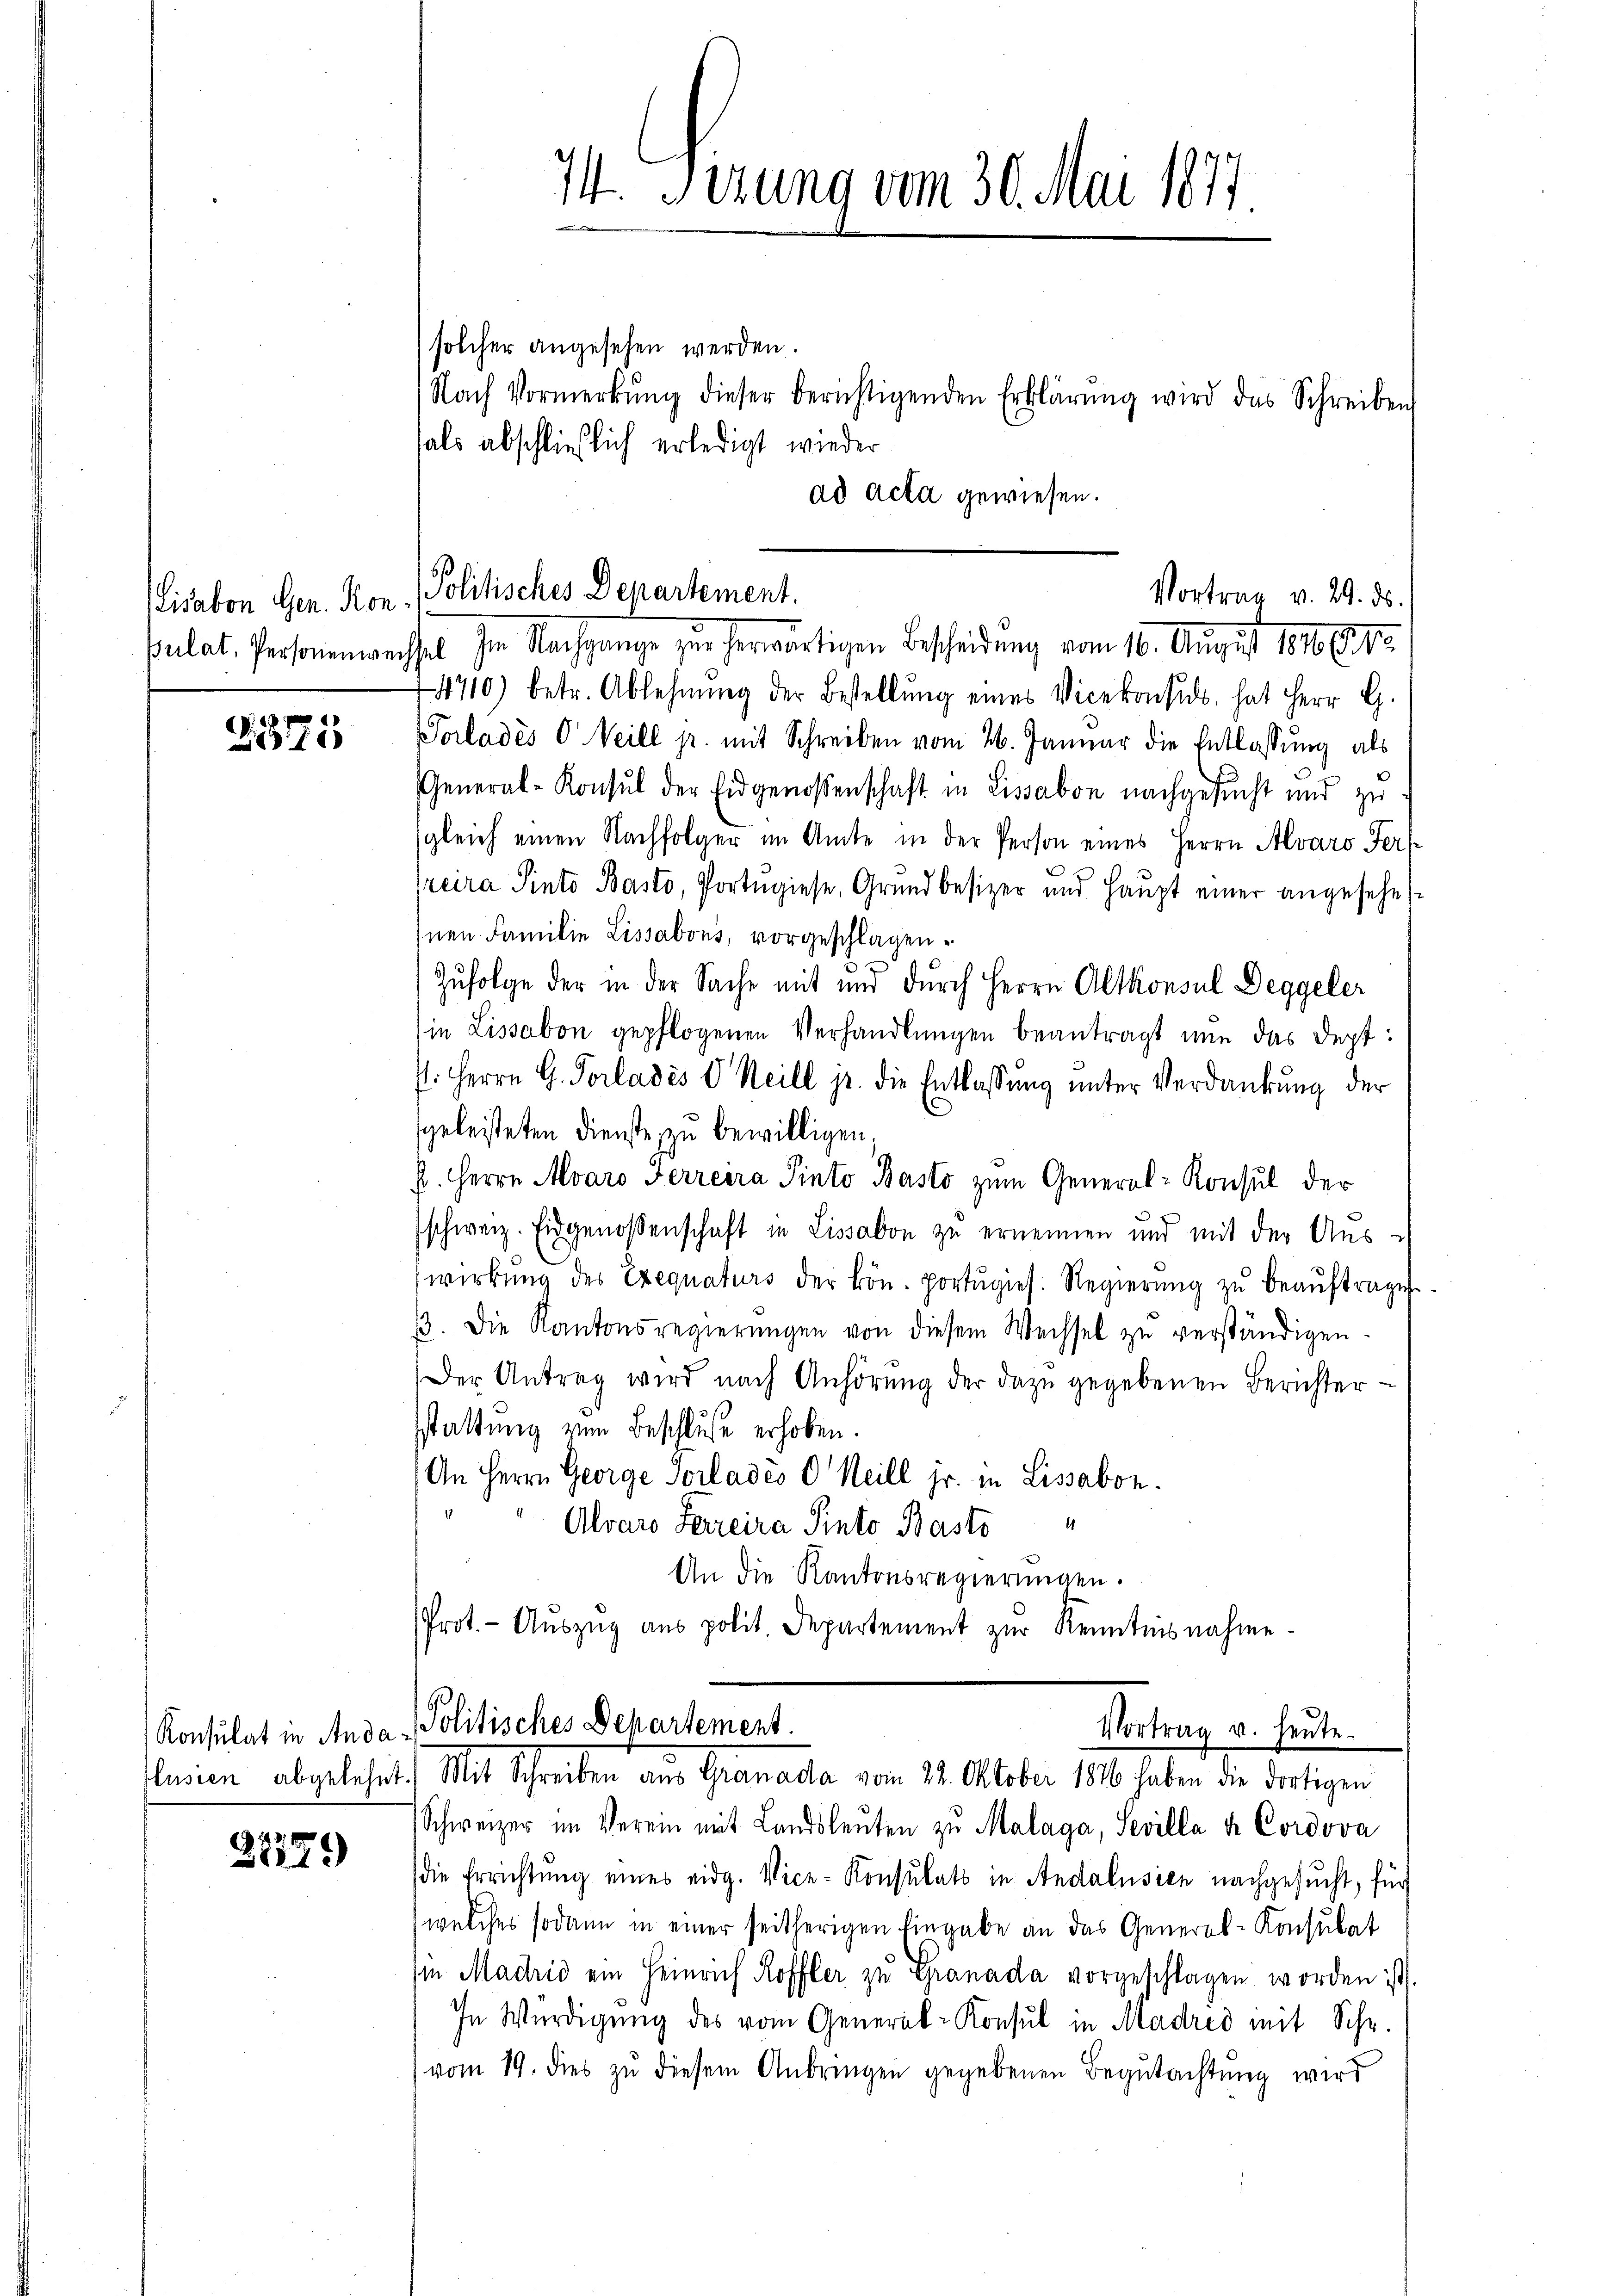
Lisabon Gen. Kon¬

G371

48:
271)

solcher angesehen werden.
Nach Vormerkŭng dieser berichtigenden Erklärŭng wird das Schreiben
fals abschließlich erledigt wieder.
ad Acta gewiesen.

74. Sizung vom 30. Mai 1877.

4710) betr. Ablehnŭng der Bestellŭng eines Vicekonsis, hat Herr G.
Vorlades C. Weill jr. mit Schreiben vom 26. Januar die Entlassung als
General-Konsul der Eidgenossenschaft in Lissabon nachgesucht und zu
sgleich einen Nachfolger im Amte in der Person eines Herrn Alvaro Fers
reira Pinto Basto, Portugiese Grundbesizer und Haupt einer angesehe
Inen Familie Lissabons, vorgeschlagen.
Zufolge der in der Sache mit und durch Herrn Altkonsul Deggeler
ie Lissabon gepflogenen Verhandlungen beantragt nun das Sept:
s. Herrn G. Vorlades V. Meill jr. die Entlassŭng ŭnter Verdankŭng der
sgeleisteten Dienste zu bewilligen,
k. Herrn Alvaro Ferreira Pinto Basto zum General-Konsul der
schweiz. Eidgenossenschaft in Lissabon zu ernennen und mit der Aus-
wirkung des Exequaturs der kön. portŭgies. Regierŭng zŭ beaŭftrage
ß. Die Kantonsregierŭngen von diesem Wechsel zu verständigen.
Der Antrag wird nach Anhörung der dazu gegebenen Berichtersstattung vom Beschluße erhoben.
An Herrn George Sorlades C. Heill jr. in Lissabon.
Alvaro Ferreira Pinto Basto
An die Kantonsregierungen.
Prot.- Aŭszŭg aŭs polit. Departement zŭr Kenntnisnahme

Politisches Departement.
Vortrag v. 29. ds.
pulat, Personenwechsel Im Nachgange zur herwärtigen Bescheidung vom 10. August 1816. 1910.

Konsulat in Anda - Politisches Departement.
Vortrag u. heute.
lusien abgelehnt. Mit Schreiben aus Granada vom 22. Oktober 1816 haben die dortigen

Schweizer im Verein mit Landsleuten zu Malaga, Sevilla a Cordova
die Errichtung eines eidg. Vice-Konsulats in Andalusien nachgesucht, für
(welches sodann in einer seitherigen Eingabe an das General-Konsulat
in Machić ein Heinrich Roffler zu Granada vorgeschlagen worden ist
In Würdigung des vom General-Konsul in Madrid mit Schr.
vom 19. dies zu diesem Anbringen gegebenen Begutachtung wird